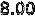
8.00